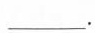
___$$。